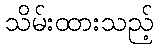
သိမ်းထားသည့်